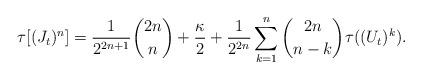
LaTeX: \begin{align*}\tau[(J_t)^n] = \frac{1}{2^{2n+1}}\binom{2n}{n} + \frac{\kappa}{2} + \frac{1}{2^{2n}}\sum_{k=1}^n \binom{2n}{n-k}\tau((U_t)^k).\end{align*}